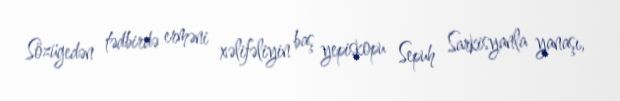
Sözügedən tədbirdə erməni xəlifəliyin baş yepiskopu Sepuh Sarkisyanla yanaşı,